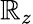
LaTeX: \mathbb{R}_{z}